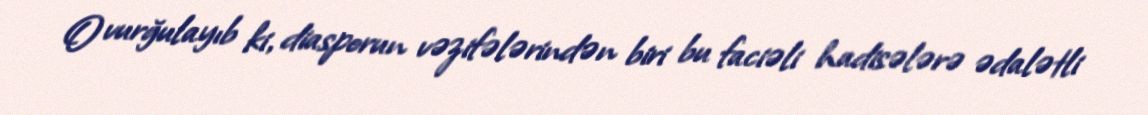
O vurğulayıb ki, diasporun vəzifələrindən biri bu faciəli hadisələrə ədalətli